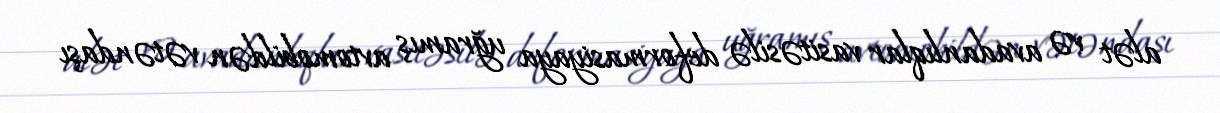
alət və avadanlıqlar vasitəsilə deformasiyaya uğramış avtomobildən vətəndaşı